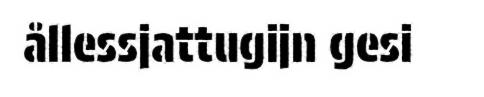
ållessjattugijn gesi